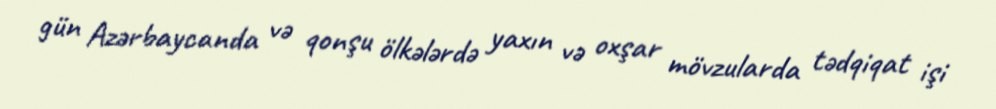
gün Azərbaycanda və qonşu ölkələrdə yaxın və oxşar mövzularda tədqiqat işi